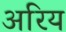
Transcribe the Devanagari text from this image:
अरिय